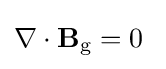
\nabla \cdot \mathbf {B} _{\text{g}}=0\